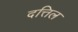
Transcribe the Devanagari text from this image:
दत्तिल